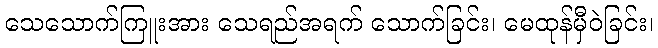
သေသောက်ကြူးအား သေရည်အရက် သောက်ခြင်း၊ မေထုန်မှီဝဲခြင်း၊